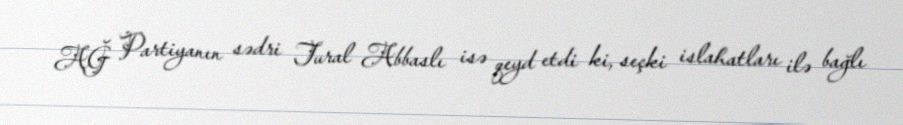
AĞ Partiyanın sədri Tural Abbaslı isə qeyd etdi ki, seçki islahatları ilə bağlı